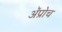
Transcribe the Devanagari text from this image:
अॅप्रोच